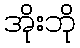
အိုးဘို